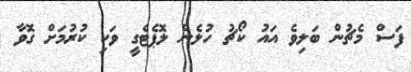
ފަސް މެޗުން ބަލިވެ އައު ކޯޗު ހުލެން ލޮޕެޓެގީ ވަކި ކުރުމަށް ގޮވާ